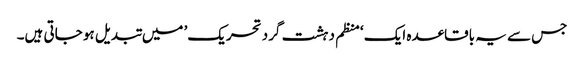
جس سے یہ باقاعدہ ایک ‘منظم دہشت گرد تحریک’ میں تبدیل ہو جاتی ہیں۔